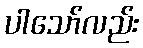
ပါသော်လည်း